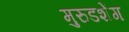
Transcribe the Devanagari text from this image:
मुरुडशेंग